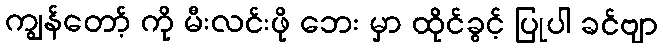
ကျွန်တော့် ကို မီးလင်းဖို ဘေး မှာ ထိုင်ခွင့် ပြုပါ ခင်ဗျာ